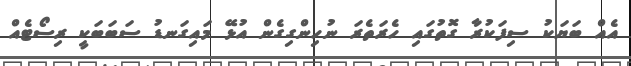
އެއް ބަޔަކު ސިފަކުރާ ގޮތުގައި ހެރަތެރަ ނުހިންގިގެން އުޅޭ މައިގަނޑު ސަބަބަކީ ރިސޯޓެއް